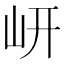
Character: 岍